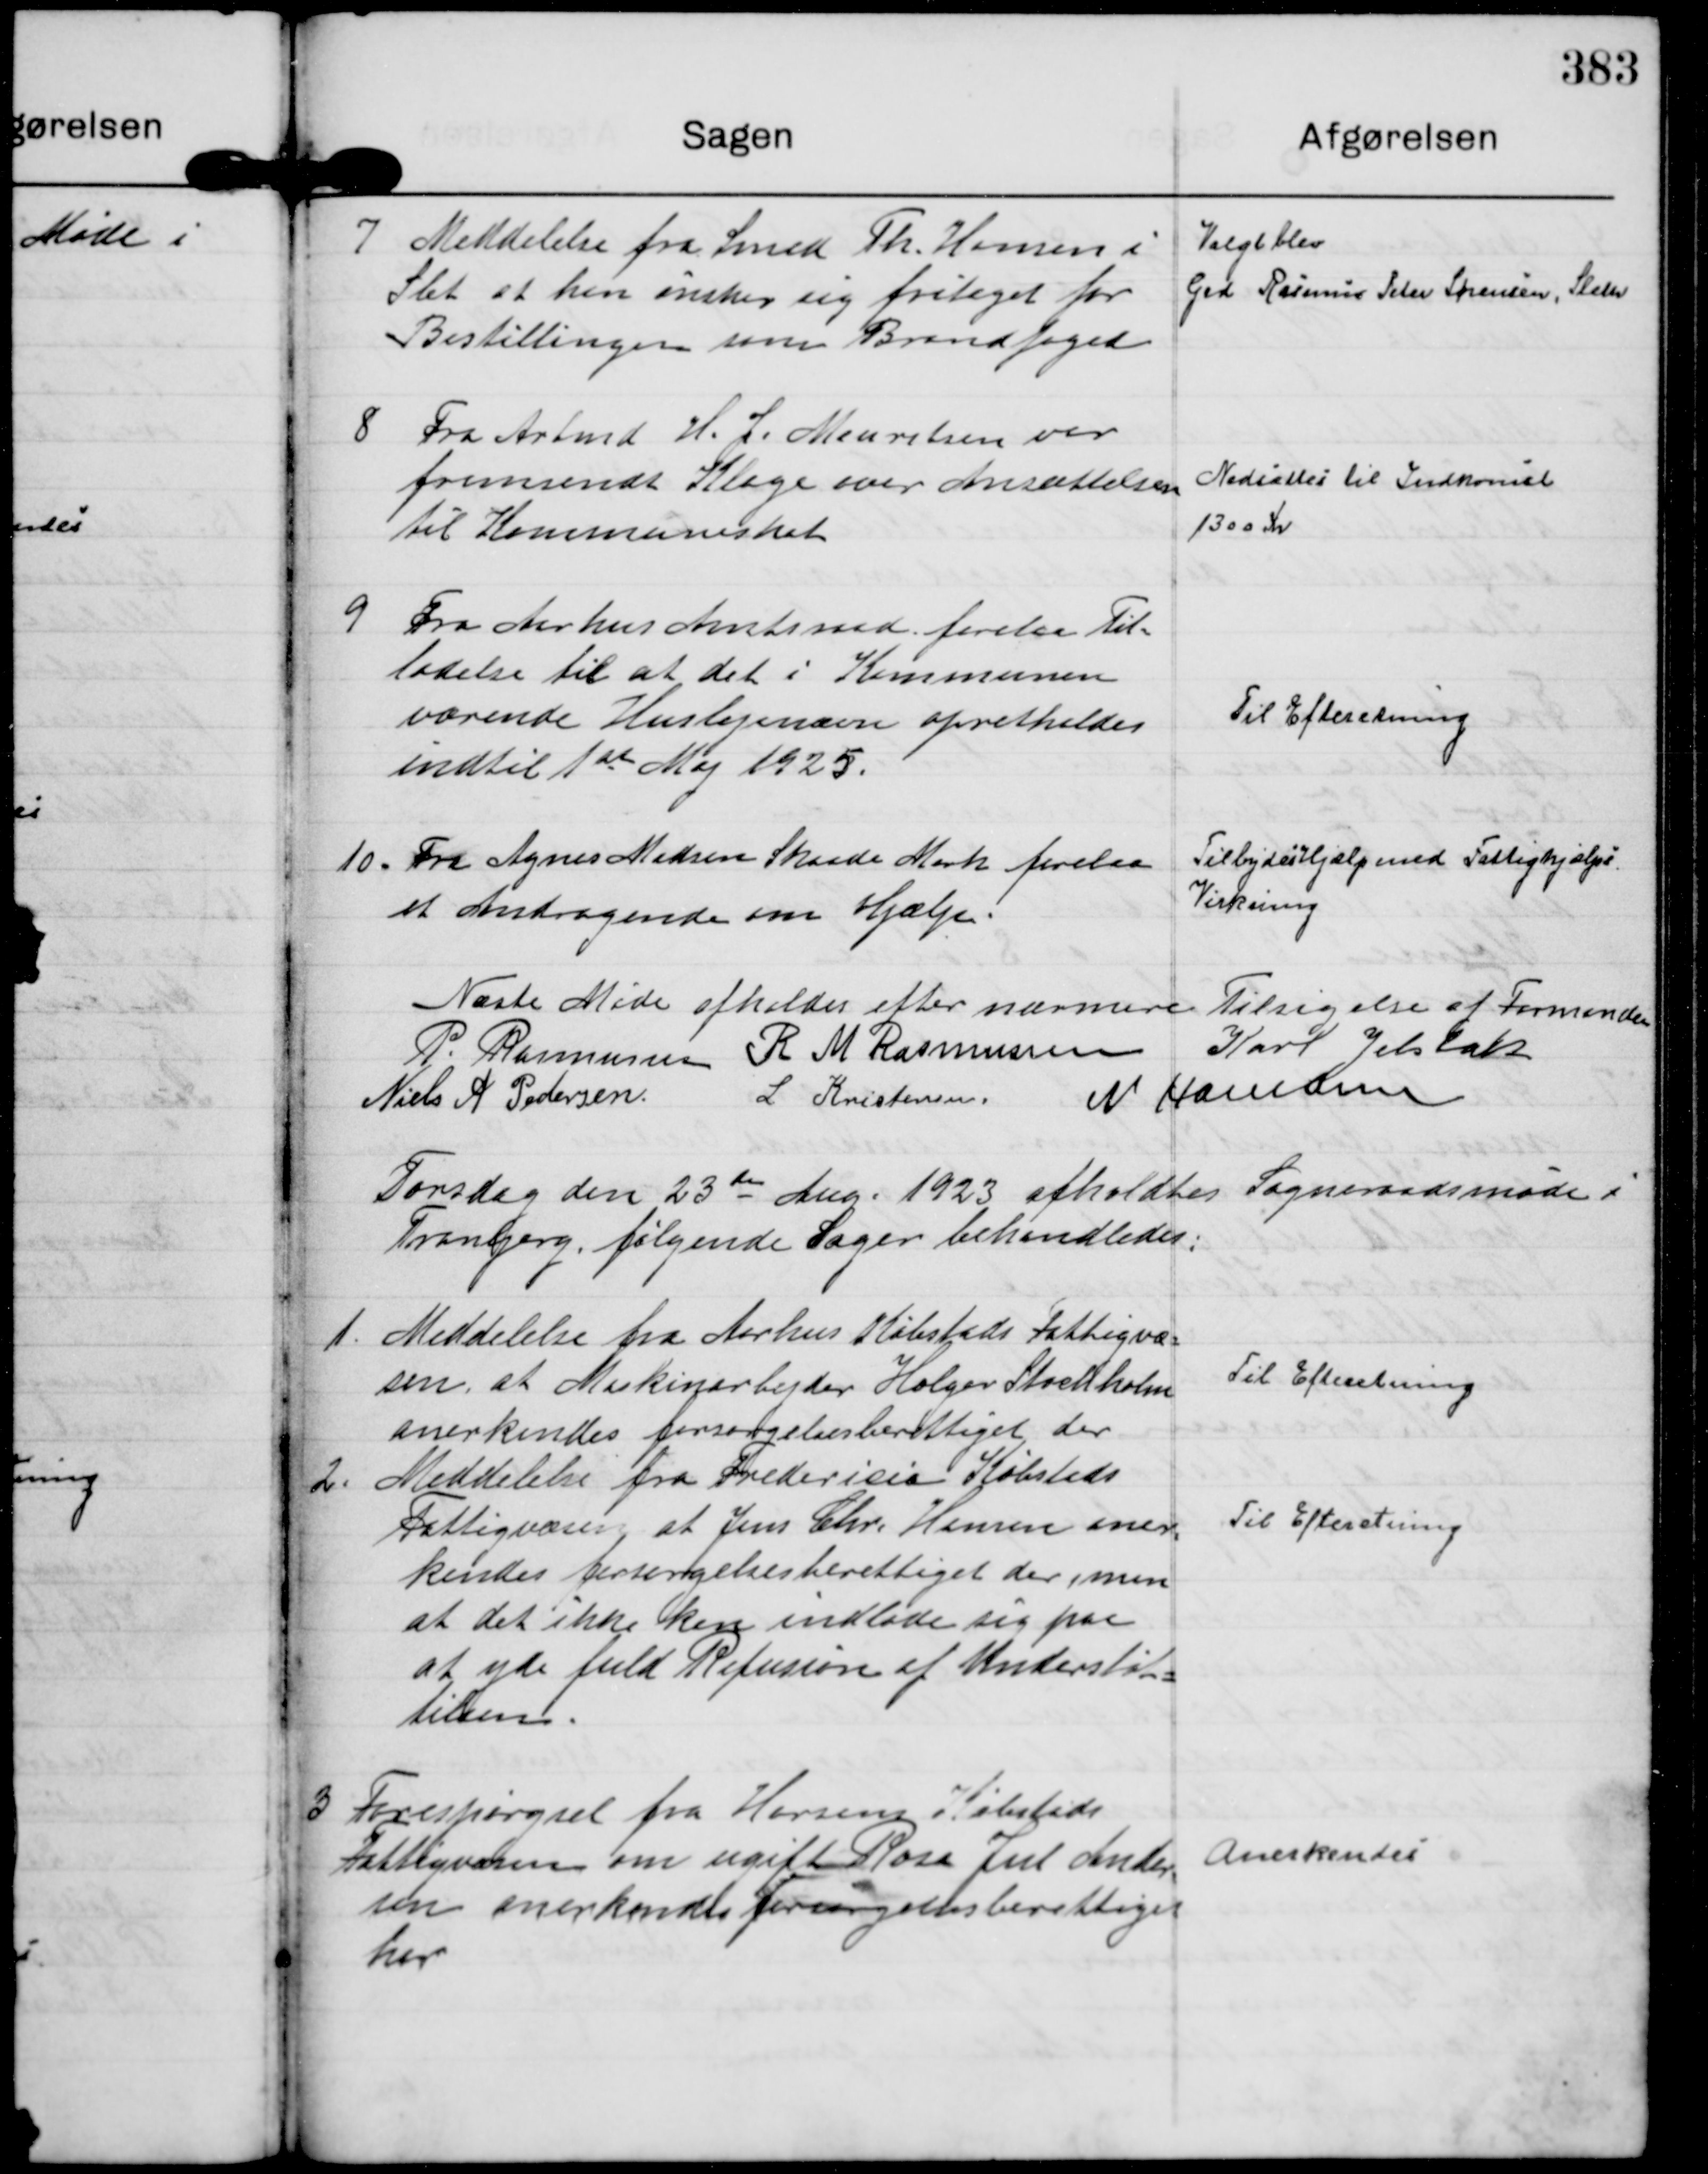
Transskription:
7
Meddelelse fra Smed Th. Hansen i
Slet at han ønsker sig fritaget for
Bestillingen som Brandfoged

Valgt blev
Grd Rasmus Peter Sørensen, Sleth

8
Fra Arbmd H. J. Mouritsen var
fremsendt Klage over Ansættelsen
til Kommuneskat

Nedsættes til Indkomst
1300 Kr

9
Fra Aarhus Amtsraad forelaa Til=
ladelse til at det i Kommunen
værende Huslejenævn opretholdes
indtil 1 ste Maj 1925.

Til Efteretning

10.
Fra Agnes Madsen Skaade Mark forelaa
et Andragende om Hjælp.

Tilbydes Hjælp med Fattighjælps 
Virkning

Næste Møde afholdes efter nærmere Tilsigelse af Formanden
P. Rasmussen
R M Rasmussen
Karl Jelsbak
Niels A Pedersen.
L Kristensen
N Hamann

Torsdag den 23 de Aug. 1923 afholdtes Sogneraadsmøde i
Tranbjerg, følgende Sager behandledes:

1.
Meddelelse fra Aarhus Købstads Fattigvæ=
sen, at Maskinarbejder Holger Strehholm 
anerkendes forsørgelsesberettiget der

Til Efteretning

2.
Meddelelse fra Fredericia Købstads
Fattigvæsen at Jens Chr. Hansen aner=
kendes forsørgelsesberettiget der, men
at det ikke kan indlade sig paa
at yde fuld Refusion af Understøt=
telsen.

Til Efteretning

3
Forespørgsel fra Horsens Købstads
Fattigvæsen om ugift Rosa Jul Ander=
sen anerkendes forsørgelsesberettiget
her

Anerkendes